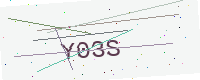
Text: Y03S